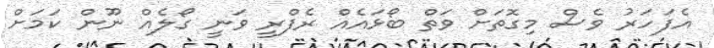
އެފަހަރު ވެސް މިގޮތަށް ވަތް ބޯޅައެއް ރެފްރީ ވަނީ ގޯލެއް ނޫން ކަމަށް